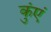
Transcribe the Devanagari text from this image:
कुंएं